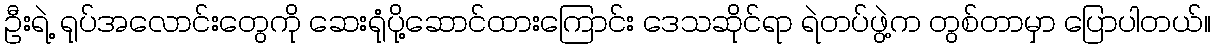
ဦးရဲ့ ရုပ်အလောင်းတွေကို ဆေးရုံပို့ဆောင်ထားကြောင်း ဒေသဆိုင်ရာ ရဲတပ်ဖွဲ့က တွစ်တာမှာ ပြောပါတယ်။